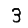
Digit: 3